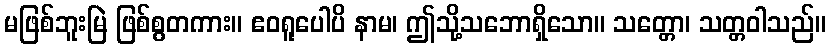
မဖြစ်ဘူးမြဲ ဖြစ်စွတကား။ ဧဝရူပေါပိ နာမ၊ ဤသို့သဘောရှိသော။ သတ္တော၊ သတ္တဝါသည်။